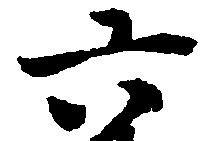
六